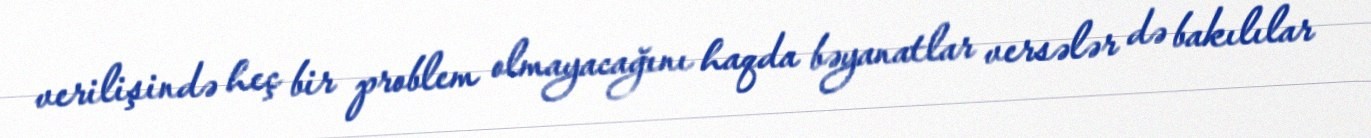
verilişində heç bir problem olmayacağını haqda bəyanatlar versələr də bakılılar